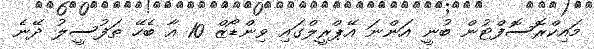
މައިކްރޮސޮފްޓުން ބުނީ އަންނަ އޭޕްރީލްގައި ވިންޑޯޒް 10 އާ ބެހޭ ތަފުސީލު ދޭނެ